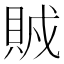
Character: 𧶂